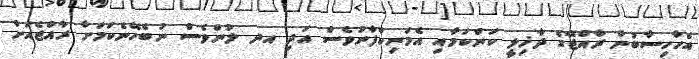
އެހާހިސާބުން ރާއްޖޭގެ ދާޚިލީ ކަންކަމާއި އެމަނިކްފާނުވެސް އަދި އދ ލުންވެސް ނުބެހޭނެކަމަށާ ރާއްޖެއަށް